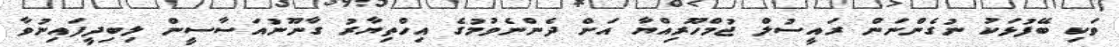
ވަކި ބޭފުޅަކު ނުގެންނަން ރައީސުލް ޖުމްހޫރިއްޔާ އަށް ދެންނެވުމުގެ އިހްތިޔާރު ގާނޫނުއަސާސީން ލިބިދީފައިނުވާ